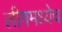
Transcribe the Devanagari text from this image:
लीगमध्येच